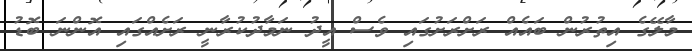
މާލޭގެ އިތުރުން ބައެއް ރަށްރަށުގައި ވެސް އީދު ނަމާދުކުރާނީ ރަށެއްގައި އޮންނަ ބޮޑު